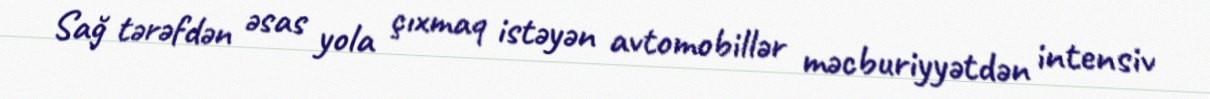
Sağ tərəfdən əsas yola çıxmaq istəyən avtomobillər məcburiyyətdən intensiv